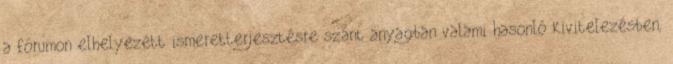
a fórumon elhelyezett ismeretterjesztésre szánt anyagban valami hasonló kivitelezésben,